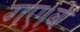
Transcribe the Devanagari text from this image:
गए।वे